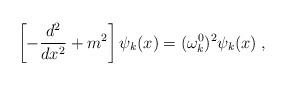
LaTeX: \begin{align*}\left[-\frac{d^2}{dx^2}+m^2\right]\psi_k(x)=(\omega_k^0)^2\psi_k(x)\;,\end{align*}